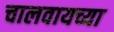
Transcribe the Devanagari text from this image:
चालवायच्या